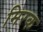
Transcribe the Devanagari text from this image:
मिरक